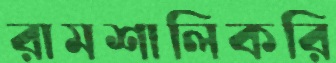
রামশালিকরি